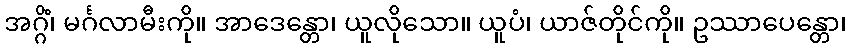
အဂ္ဂိံ၊ မင်္ဂလာမီးကို။ အာဒေန္တော၊ ယူလိုသော။ ယူပံ၊ ယာဇ်တိုင်ကို။ ဥဿာပေန္တော၊